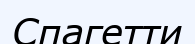
Спагетти